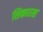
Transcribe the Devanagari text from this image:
शिकारस